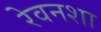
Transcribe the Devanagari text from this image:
रेवनशा